Annual report of the Punjab Veterinary College and of the Civil Veterinary Department, Punjab - 1894-1908
Year: 1894
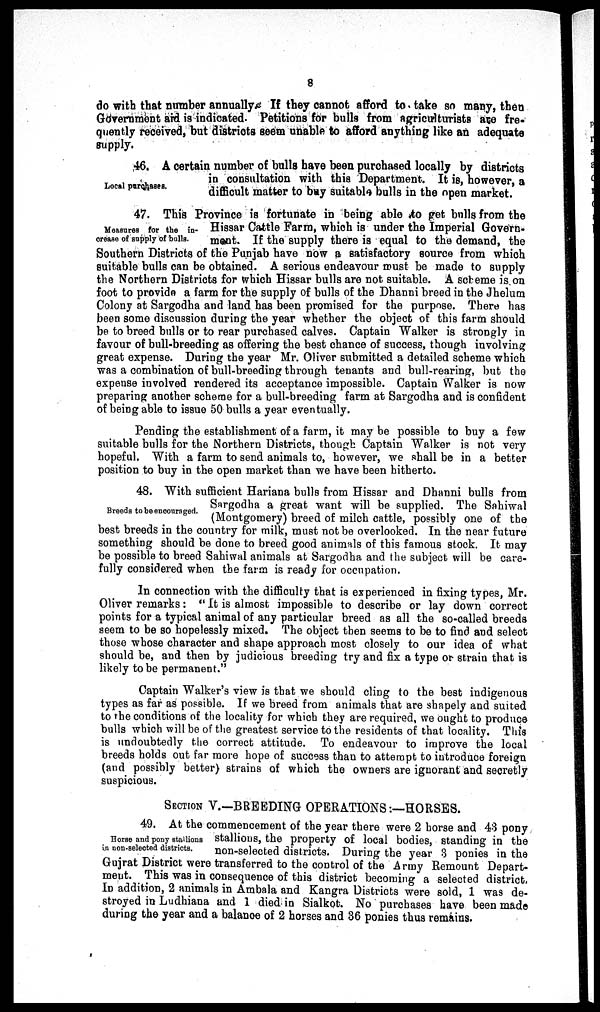
8
do with that number annually. If they cannot afford to take so many, then
Government aid is indicated. Petitions for bulls from agriculturists are fre-
quently received, but districts seem unable to afford anything like an adequate
supply.
Local purchases.
46. A certain number of bulls have been purchased locally by districts
in consultation with this Department. It is, however, a
difficult matter to buy suitable bulls in the open market.
Measures for the in-
crease of supply of bulls.
47. This Province is fortunate in being able to get bulls from the
Hissar Cattle Farm, which is under the Imperial Govern-
ment. If the supply there is equal to the demand, the
Southern Districts of the Punjab have now a satisfactory source from which
suitable bulls can be obtained. A serious endeavour must be made to supply
the Northern Districts for which Hissar bulls are not suitable. A scheme is on
foot to provide a farm for the supply of bulls of the Dhanni breed in the Jhelum
Colony at Sargodha and land has been promised for the purpose. There has
been some discussion during the year whether the object of this farm should
be to breed bulls or to rear purchased calves. Captain Walker is strongly in
favour of bull-breeding as offering the best chance of success, though involving
great expense. During the year Mr. Oliver submitted a detailed scheme which
was a combination of bull-breeding through tenants and bull-rearing, but the
expense involved rendered its acceptance impossible. Captain Walker is now
preparing another scheme for a bull-breeding farm at Sargodha and is confident
of being able to issue 50 bulls a year eventually.
Pending the establishment of a farm, it may be possible to buy a few
suitable bulls for the Northern Districts, though Captain Walker is not very
hopeful. With a farm to send animals to, however, we shall be in a better
position to buy in the open market than we have been hitherto.
Breeds to be encouraged.
48. With sufficient Hariana bulls from Hissar and Dhanni bulls from
Sargodha a great want will be supplied. The Sahiwal
(Montgomery) breed of milch cattle, possibly one of the
best breeds in the country for milk, must not be overlooked. In the near future
something should be done to breed good animals of this famous stock. It may
be possible to breed Sahiwal animals at Sargodha and the subject will be care-
fully considered when the farm is ready for occupation.
In connection with the difficulty that is experienced in fixing types, Mr.
Oliver remarks: "It is almost impossible to describe or lay down correct
points for a typical animal of any particular breed as all the so-called breeds
seem to be so hopelessly mixed. The object then seems to be to find and select
those whose character and shape approach most closely to our idea of what
should be, and then by judicious breeding try and fix a type or strain that is
likely to be permanent."
Captain Walker's view is that we should cling to the best indigenous
types as far as possible. If we breed from animals that are shapely and suited
to the conditions of the locality for which they are required, we ought to produce
bulls which will be of the greatest service to the residents of that locality. This
is undoubtedly the correct attitude. To endeavour to improve the local
breeds holds out far more hope of success than to attempt to introduce foreign
(and possibly better) strains of which the owners are ignorant and secretly
suspicious.
SECTION V.—BREEDING OPERATIONS:—HORSES.
Horse and pony stallions
in non-selected districts.
49. At the commencement of the year there were 2 horse and 43 pony
stallions, the property of local bodies, standing in the
non-selected districts. During the year 3 ponies in the
Gujrat District were transferred to the control of the Army Remount Depart-
ment. This was in consequence of this district becoming a selected district.
In addition, 2 animals in Ambala and Kangra Districts were sold, 1 was de-
stroyed in Ludhiana and 1 died in Sialkot. No purchases have been made
during the year and a balance of 2 horses and 36 ponies thus remains.